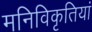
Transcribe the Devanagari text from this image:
मनिविकृतियां